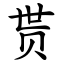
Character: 贳